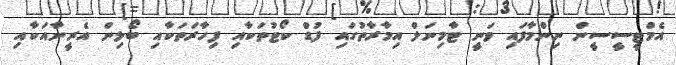
އެމްޓީސީސީން ނިންމާފައި ވަނީ ޓާމިނަލް އިމާރާތުގައި ފުޑް ކޯޓުތަކާއި ފިހާރަތަކާއި ބޯލިން އެރީނާއަކާއި